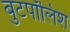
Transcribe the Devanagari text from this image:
बुटपॉलिश